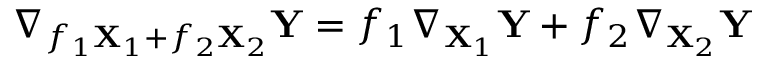
\nabla _ { f _ { 1 } \mathbf { X } _ { 1 } + f _ { 2 } \mathbf { X } _ { 2 } } \mathbf { Y } = f _ { 1 } \nabla _ { \mathbf { X } _ { 1 } } \mathbf { Y } + f _ { 2 } \nabla _ { \mathbf { X } _ { 2 } } \mathbf { Y }